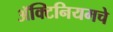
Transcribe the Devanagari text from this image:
ॲक्टिनियमचे